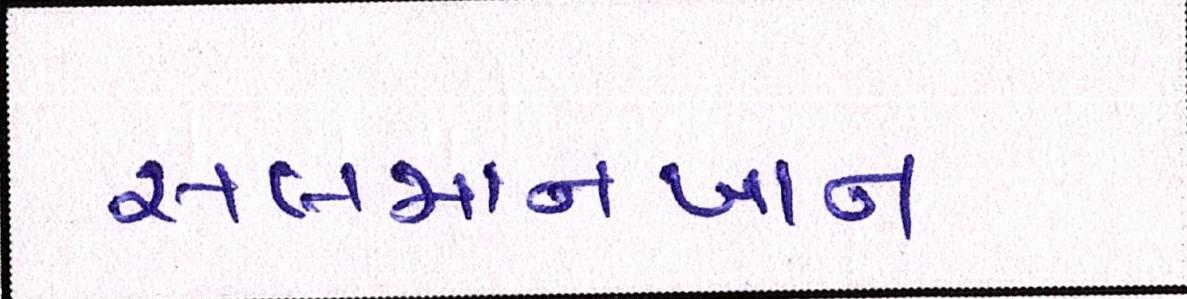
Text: સલમાનખાન